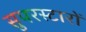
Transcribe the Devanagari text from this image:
सुपरस्टारों